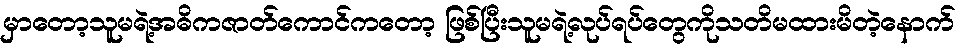
မှာတော့သူမရဲ့အဓိကဇာတ်ကောင်ကတော့ ဖြစ်ပြီးသူမရဲ့လုပ်ရပ်တွေကိုသတိမထားမိတဲ့နောက်